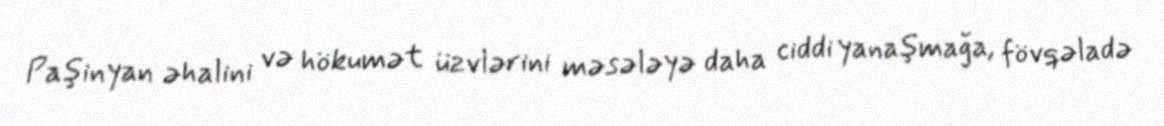
Paşinyan əhalini və hökumət üzvlərini məsələyə daha ciddi yanaşmağa, fövqəladə